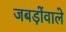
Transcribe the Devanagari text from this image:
जबड़ोंवाले